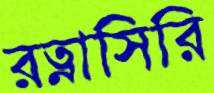
রত্নাসিরি